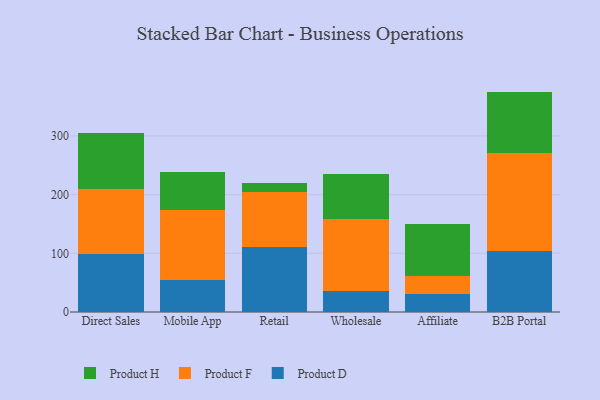
{"axis": {"x": "Channel", "y": "Production Output"}, "legend": ["Product D", "Product F", "Product H"], "data": [{"x": "Direct Sales", "y": 99.6, "type": "Product D"}, {"x": "Direct Sales", "y": 110.0, "type": "Product F"}, {"x": "Direct Sales", "y": 95.8, "type": "Product H"}, {"x": "Mobile App", "y": 54.0, "type": "Product D"}, {"x": "Mobile App", "y": 119.5, "type": "Product F"}, {"x": "Mobile App", "y": 65.0, "type": "Product H"}, {"x": "Retail", "y": 110.9, "type": "Product D"}, {"x": "Retail", "y": 93.5, "type": "Product F"}, {"x": "Retail", "y": 14.8, "type": "Product H"}, {"x": "Wholesale", "y": 36.3, "type": "Product D"}, {"x": "Wholesale", "y": 122.3, "type": "Product F"}, {"x": "Wholesale", "y": 77.2, "type": "Product H"}, {"x": "Affiliate", "y": 30.6, "type": "Product D"}, {"x": "Affiliate", "y": 30.5, "type": "Product F"}, {"x": "Affiliate", "y": 88.2, "type": "Product H"}, {"x": "B2B Portal", "y": 104.0, "type": "Product D"}, {"x": "B2B Portal", "y": 167.8, "type": "Product F"}, {"x": "B2B Portal", "y": 103.8, "type": "Product H"}]}